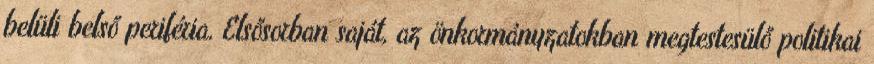
belüli belső periféria. Elsősorban saját, az önkormányzatokban megtestesülő politikai